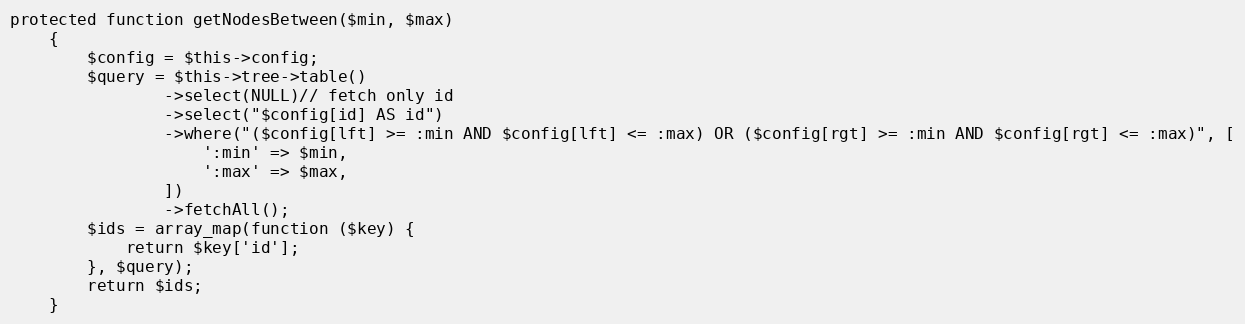
Language: PHP
protected function getNodesBetween($min, $max)
    {
        $config = $this->config;
        $query = $this->tree->table()
                ->select(NULL)// fetch only id
                ->select("$config[id] AS id")
                ->where("($config[lft] >= :min AND $config[lft] <= :max) OR ($config[rgt] >= :min AND $config[rgt] <= :max)", [
                    ':min' => $min,
                    ':max' => $max,
                ])
                ->fetchAll();
        $ids = array_map(function ($key) {
            return $key['id'];
        }, $query);
        return $ids;
    }